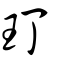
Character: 玎